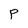
Character: P